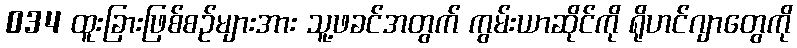
034 ထူးခြားဖြစ်စဉ်များအား သူ့ဖခင်အတွက် ကွမ်းယာဆိုင်ကို ရိုဟင်ဂျာတွေကို